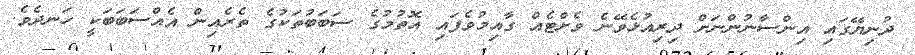
ދުނިޔޭގައި އިންސާނުންނަށް ދިރިއުޅެވޭނެ ވެށްޓެއް ގާއިމުވެފައި އޮތުމުގެ ސަބަބުތަކުގެ ތެރެއިން އެއްސަބަބަކީ ހަނދެވެ.